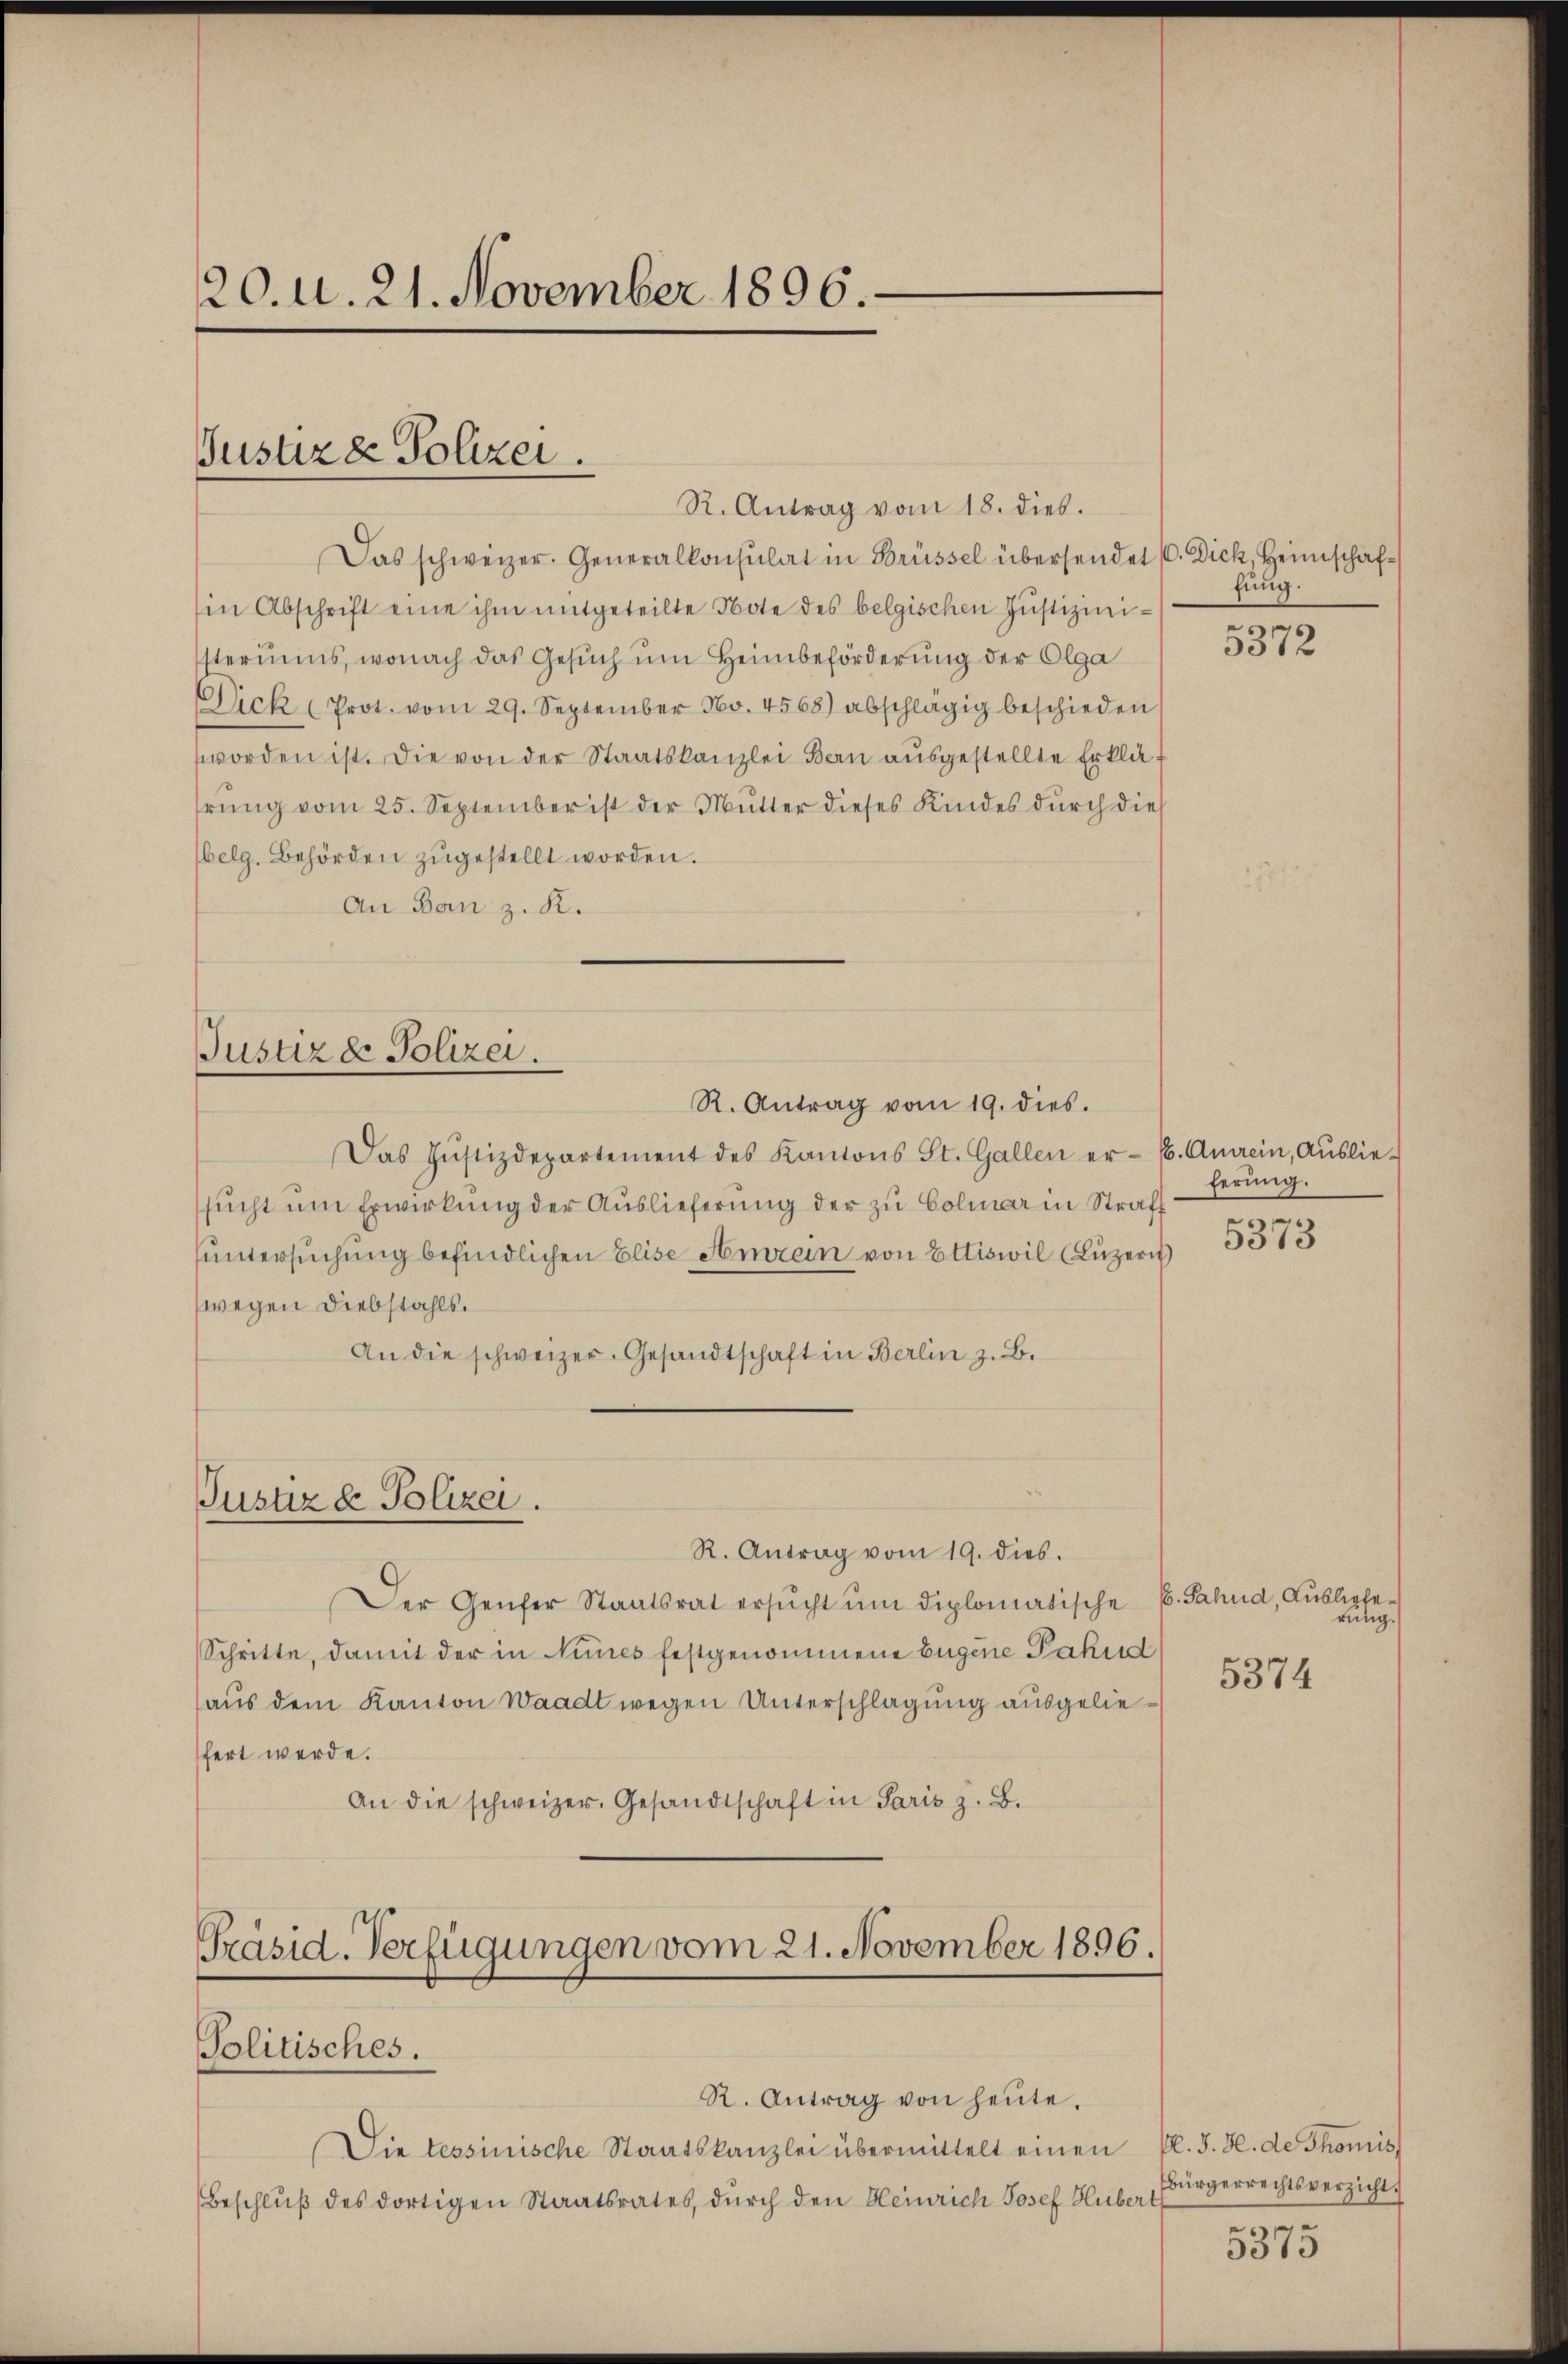
120. u. 21. November 1896.

Justiz & Polizei.

R. Antrag vom 18. dies.
Das schweizer. Generalkonsulat in Brüssel übersendet (C. Dick, Heimschafsin Abschrift eine ihm mitgeteilte Note des belgischen Justizinisteriums, wonach das Gesŭch ŭm Heimbeförderung der Olga
Dick (Prot. vom 29. September No. 4568) abschlägig beschieden
worden ist. Die von der Staatskanzlei Bau aŭsgestellte Erklä-
hrung vom 25. September ist der Mutter dieses Kindes durch dies
belg. Behörden zŭgestellt worden.
An Ban z. K.

Justiz & Polizei.

R. Antrag vom 19. dies.
Das Jŭstizdepartement des Kantons St. Gallen er- u. Anrein, Aŭslie-
sŭcht um Erwirkung der Auslieferung der zu Colmar in Straff
untersuchung befindlichen Elise Amrein von Ettiswil (Luzern
wegen Diebstahls.
An die schweizer. Gesandtschaft in Berlin z. B.

Justiz & Polizei.

R. Antrag vom 19. dies.
Der Genfer Staatsrat ersŭcht ŭm diplomatische 6. Jahnd, Ausliefe
Schritte, damit der in Nies festgenommene Eugene Pakul
aus dem Kanton Waadt wegen Unterschlagung ausgeliefert werde.
An die schweizer. Gesandtschaft in Paris z. B.

Präsid. Verfügungen vom 21. November 1896.
Politisches.
R. Antrag von heŭte.

Die tessinische Staatskanzlei übermittelt einen fl. J. H. de Thomis
Beschluß des dortigen Staatsrates, durch den Heinrich Josef Hubert

fung.

5372

ferung.

5373

rung.

5374

Bürgerrechtsverzicht.

5375